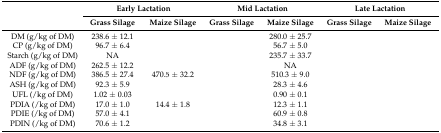
<table><thead><tr><td rowspan="2">[EMPTY_CELL]</td><td colspan="2"><b>Early Lactation</b></td><td colspan="2"><b>Mid Lactation</b></td><td colspan="2"><b>Late Lactation</b></td></tr><tr><td><b>Grass Silage</b></td><td><b>Maize Silage</b></td><td><b>Grass Silage</b></td><td><b>Maize Silage</b></td><td><b>Grass Silage</b></td><td><b>Maize Silage</b></td></tr></thead><tbody><tr><td>DM (g/kg of DM)</td><td>238.6 ± 12.1</td><td>[EMPTY_CELL]</td><td>[EMPTY_CELL]</td><td>280.0 ± 25.7</td><td>[EMPTY_CELL]</td><td>[EMPTY_CELL]</td></tr><tr><td>CP (g/kg of DM)</td><td>96.7 ± 6.4</td><td>[EMPTY_CELL]</td><td>[EMPTY_CELL]</td><td>56.7 ± 5.0</td><td>[EMPTY_CELL]</td><td>[EMPTY_CELL]</td></tr><tr><td>Starch (g/kg of DM)</td><td>NA</td><td>[EMPTY_CELL]</td><td>[EMPTY_CELL]</td><td>235.7 ± 33.7</td><td>[EMPTY_CELL]</td><td>[EMPTY_CELL]</td></tr><tr><td>ADF (g/kg of DM)</td><td>262.5 ± 12.2</td><td>[EMPTY_CELL]</td><td>[EMPTY_CELL]</td><td>NA</td><td>[EMPTY_CELL]</td><td>[EMPTY_CELL]</td></tr><tr><td>NDF (g/kg of DM)</td><td>386.5 ± 27.4</td><td>470.5 ± 32.2</td><td>[EMPTY_CELL]</td><td>510.3 ± 9.0</td><td>[EMPTY_CELL]</td><td>[EMPTY_CELL]</td></tr><tr><td>ASH (g/kg of DM)</td><td>92.3 ± 5.9</td><td>[EMPTY_CELL]</td><td>[EMPTY_CELL]</td><td>28.3 ± 4.6</td><td>[EMPTY_CELL]</td><td>[EMPTY_CELL]</td></tr><tr><td>UFL (/kg of DM)</td><td>1.02 ± 0.03</td><td>[EMPTY_CELL]</td><td>[EMPTY_CELL]</td><td>0.90 ± 0.1</td><td>[EMPTY_CELL]</td><td>[EMPTY_CELL]</td></tr><tr><td>PDIA (/kg of DM)</td><td>17.0 ± 1.0</td><td>14.4 ± 1.8</td><td>[EMPTY_CELL]</td><td>12.3 ± 1.1</td><td>[EMPTY_CELL]</td><td>[EMPTY_CELL]</td></tr><tr><td>PDIE (/kg of DM)</td><td>57.0 ± 4.1</td><td>[EMPTY_CELL]</td><td>[EMPTY_CELL]</td><td>60.9 ± 0.8</td><td>[EMPTY_CELL]</td><td>[EMPTY_CELL]</td></tr><tr><td>PDIN (/kg of DM)</td><td>70.6 ± 1.2</td><td>[EMPTY_CELL]</td><td>[EMPTY_CELL]</td><td>34.8 ± 3.1</td><td>[EMPTY_CELL]</td><td>[EMPTY_CELL]</td></tr></tbody></table>